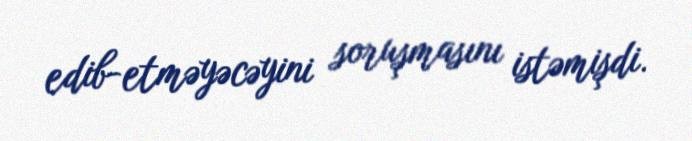
edib-etməyəcəyini soruşmasını istəmişdi.